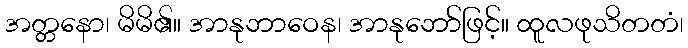
အတ္တနော၊ မိမိ၏။ အာနုဘာဝေန၊ အာနုဘော်ဖြင့်။ ထူလဖုသိတတံ၊